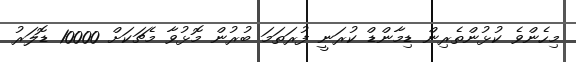
މިހެންވެ ކުޅުންތެރިން ޑިމާންޑް ކުރަނީ ފުރަތަމަ ބުރުން މޮޅުވާ މެޗަކަށް 10000 ޑޮލަރު